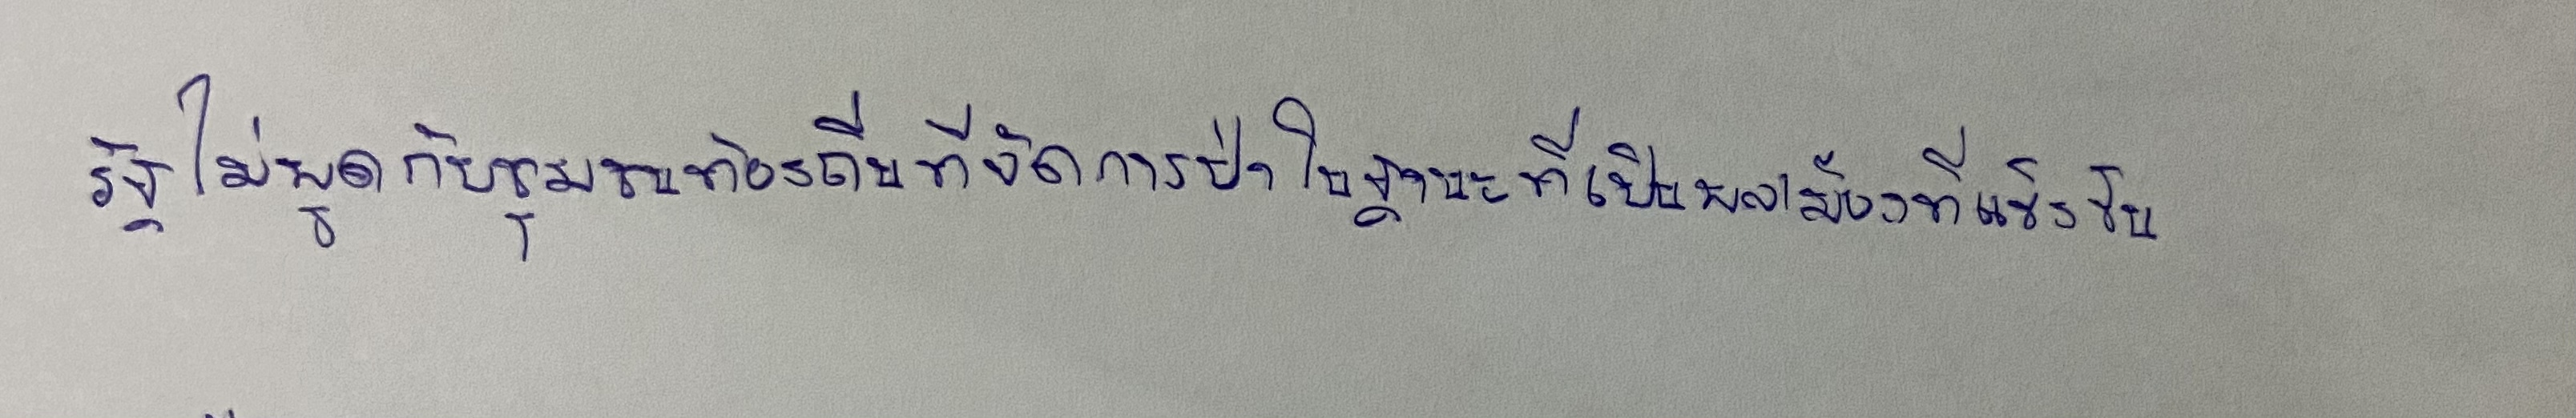
รัฐไม่พูดกับชุมชนท้องถิ่นที่จัดการป่าในฐานะที่เป็นพลเมืองที่แข็งขัน